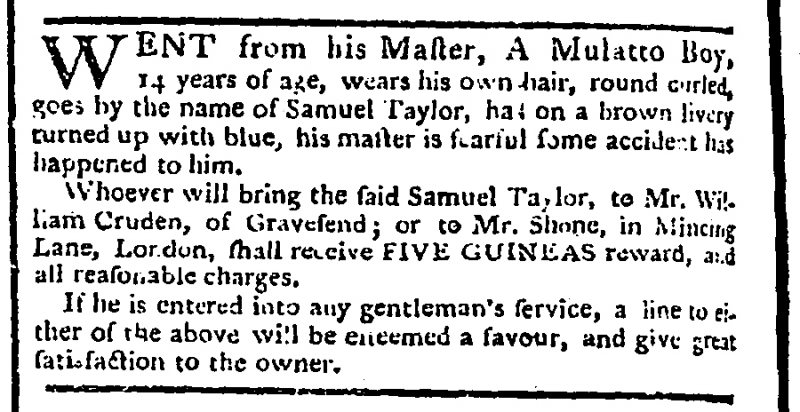
London Evening Post, 25 October 1774 (England)
WENT from his Master, A Mulatto Boy, 14 years of age, wears his own hair, round curled, goes by the name of Samuel Taylor, had on a brown livery turned up with blue, his master is fearful some accident has happened to him.  Whoever will bring the said Samuel Taylor, to Mr. William Cruden, of Gravesend; or to Mr. Shore, in Mincing Lane, London, shall receive FIVE GUINEAS reward, and all reasonable charges.  If he is entered into any gentleman’s service, a line to either of the above will be esteemed a favour, and give great satisfaction to the owner.